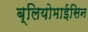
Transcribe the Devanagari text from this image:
ब्लियोमाईसिन